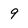
Character: 9